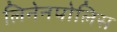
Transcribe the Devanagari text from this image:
लिनेनपोलिस